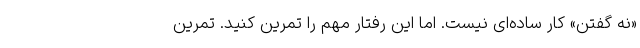
«نه گفتن» کار ساده‌ای نیست. اما این رفتار مهم را تمرین کنید. تمرین